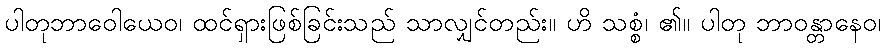
ပါတုဘာဝေါယေဝ၊ ထင်ရှားဖြစ်ခြင်းသည် သာလျှင်တည်း။ ဟိ သစ္စံ၊ ၏။ ပါတု ဘာဝန္တာနေဝ၊